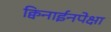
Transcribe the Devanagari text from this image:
क्विनाईनपेक्षा